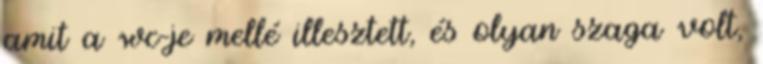
amit a wc-je mellé illesztett, és olyan szaga volt,